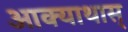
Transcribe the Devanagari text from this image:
आक्याथास्